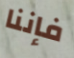
فإننا